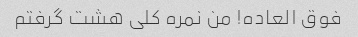
فوق العاده! من نمره کلی هشت گرفتم